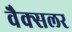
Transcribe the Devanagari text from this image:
वैक्सलर